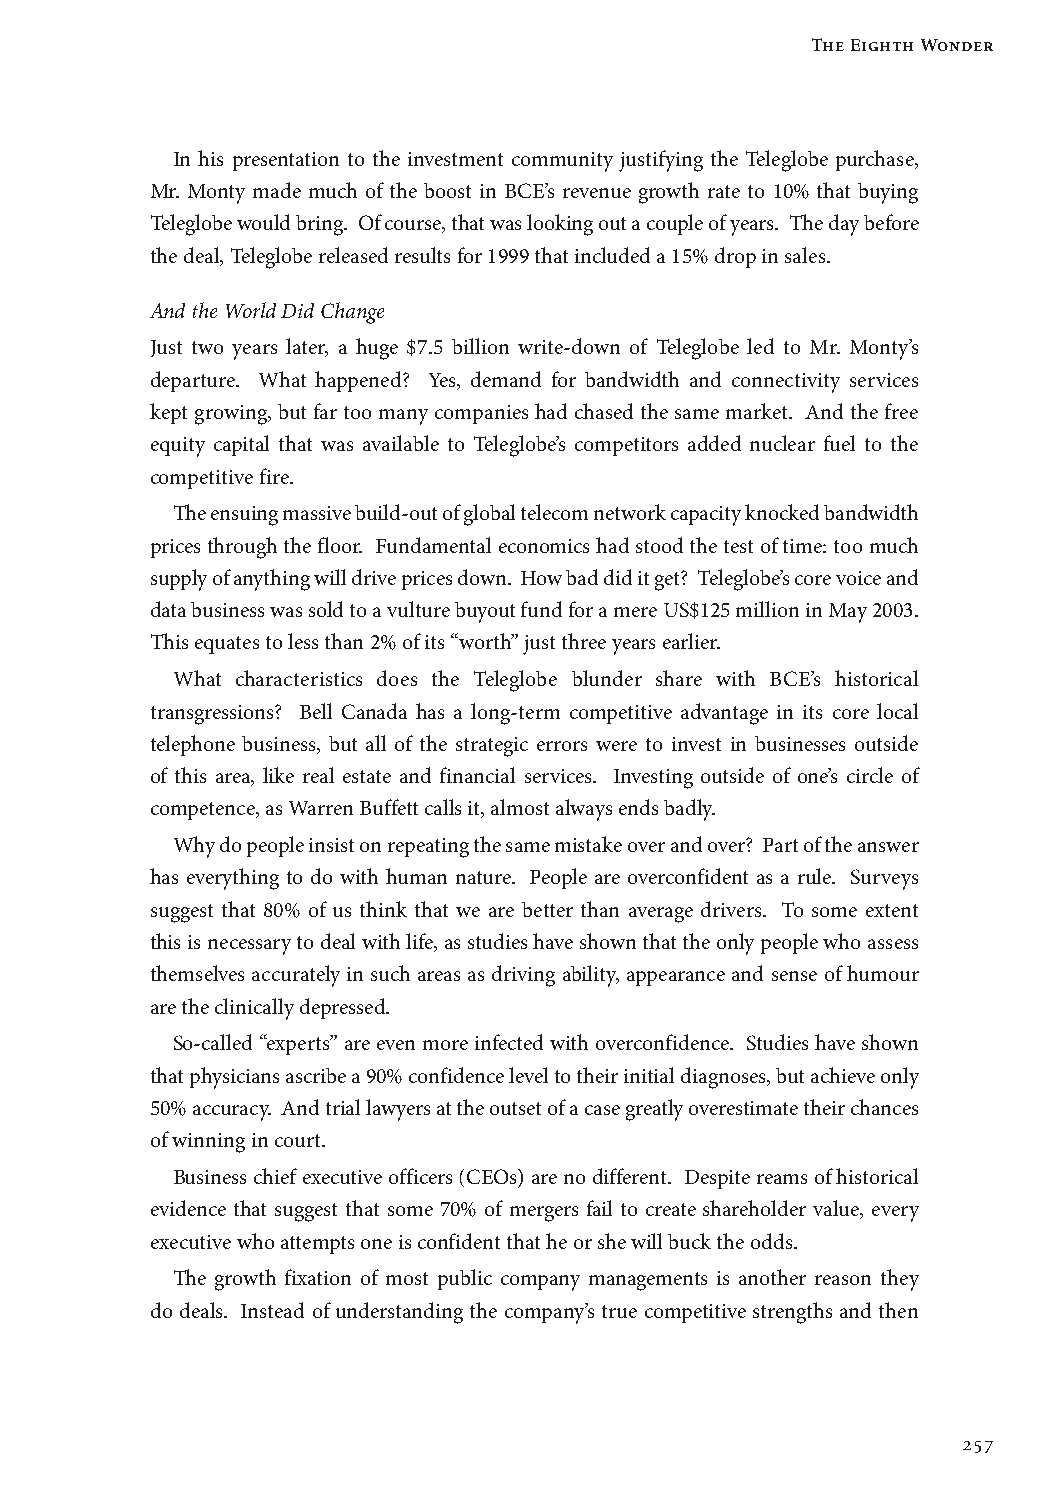
The Eighth Wonder
 In his presentation to the investment community justifying the Teleglobe purchase,
 Mr. Monty made much of the boost in BCE’s revenue growth rate to 10% that buying
 Teleglobe would bring. Of course, that was looking out a couple of years. The day before
 the deal, Teleglobe released results for 1999 that included a 15% drop in sales.
 And the World Did Change
 Just two years later, a huge $7.5 billion write-down of Teleglobe led to Mr. Monty’s
 departure. What happened? Yes, demand for bandwidth and connectivity services
 kept growing, but far too many companies had chased the same market. And the free
 equity capital that was available to Teleglobe’s competitors added nuclear fuel to the
 competitive fire.
 The ensuing massive build-out of global telecom network capacity knocked bandwidth
 prices through the floor. Fundamental economics had stood the test of time: too much
 supply of anything will drive prices down. How bad did it get? Teleglobe’s core voice and
 data business was sold to a vulture buyout fund for a mere US$125 million in May 2003.
 This equates to less than 2% of its “worth” just three years earlier.
 What characteristics does the Teleglobe blunder share with BCE’s historical
 transgressions? Bell Canada has a long-term competitive advantage in its core local
 telephone business, but all of the strategic errors were to invest in businesses outside
 of this area, like real estate and financial services. Investing outside of one’s circle of
 competence, as Warren Buffett calls it, almost always ends badly.
 Why do people insist on repeating the same mistake over and over? Part of the answer
 has everything to do with human nature. People are overconfident as a rule. Surveys
 suggest that 80% of us think that we are better than average drivers. To some extent
 this is necessary to deal with life, as studies have shown that the only people who assess
 themselves accurately in such areas as driving ability, appearance and sense of humour
 are the clinically depressed.
 So-called “experts” are even more infected with overconfidence. Studies have shown
 that physicians ascribe a 90% confidence level to their initial diagnoses, but achieve only
 50% accuracy. And trial lawyers at the outset of a case greatly overestimate their chances
 of winning in court.
 Business chief executive officers (CEOs) are no different. Despite reams of historical
 evidence that suggest that some 70% of mergers fail to create shareholder value, every
 executive who attempts one is confident that he or she will buck the odds.
 The growth fixation of most public company managements is another reason they
 do deals. Instead of understanding the company’s true competitive strengths and then
 257